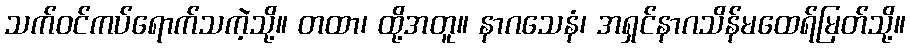
သက်ဝင်ကပ်ရောက်သကဲ့သို့။ တထာ၊ ထို့အတူ။ နာဂသေနံ၊ အရှင်နာဂသိန်မထေရ်မြတ်သို့။